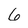
Character: 6